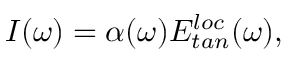
I ( \omega ) = \alpha ( \omega ) E _ { t a n } ^ { l o c } ( \omega ) ,